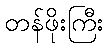
တန်ဖိုးကြီး